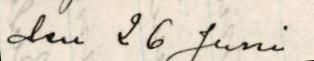
den 26 Juni